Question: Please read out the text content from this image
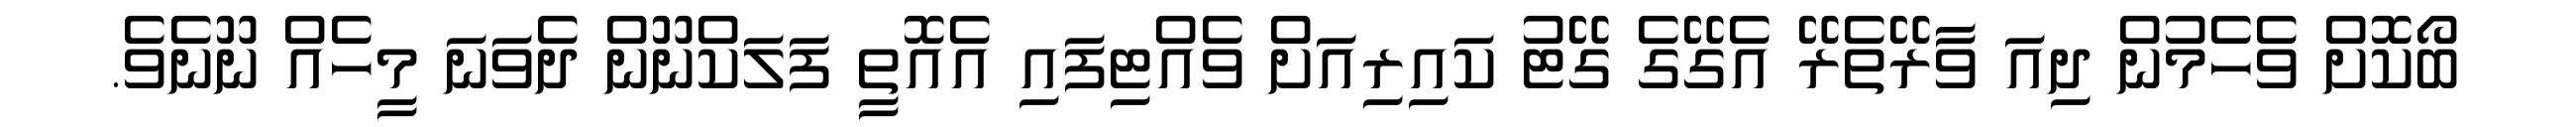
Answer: ބޯކޮށް ވެހެމުން ދިއަ ވާރޭތެރޭ އެގޭގެ ގޭޓު ކައިރިއަށް ވެއްޓިފައި އެއޮތީ ފަލަކްނޫން ދެވަނަ މީހެއް ނޫނެވެ.